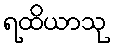
ရထိယာသု